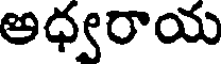
అధ్యరాయ